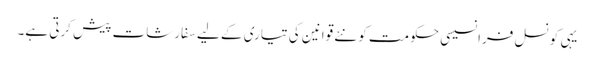
یہی کونسل فرانسیسی حکومت کو نئے قوانین کی تیاری کے لیے سفارشات پیش کرتی ہے۔